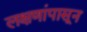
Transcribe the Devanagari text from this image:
लक्षणांपासून